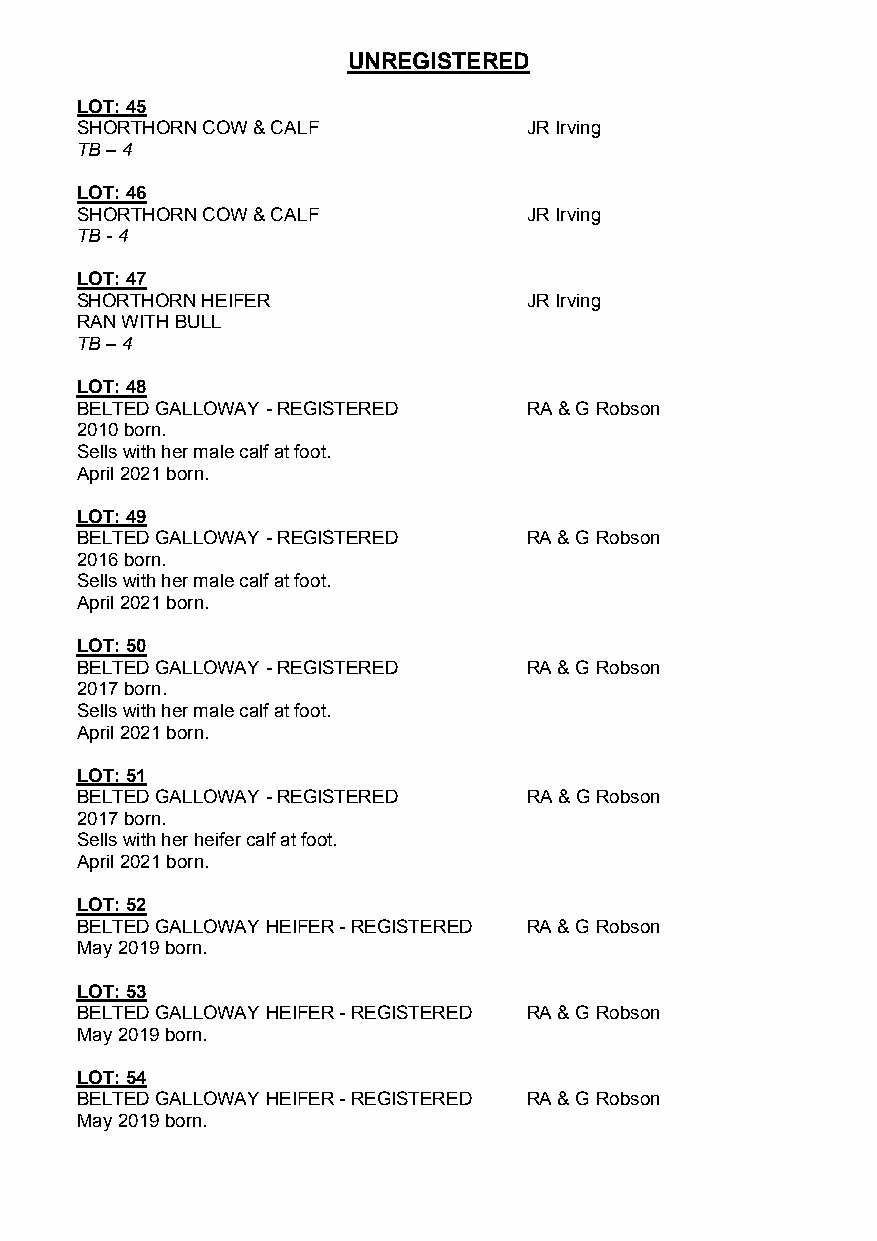
UNREGISTERED
 LOT: 45
 SHORTHORN COW & CALF          JR Irving
 TB – 4
 LOT: 46
 SHORTHORN COW & CALF          JR Irving
 TB - 4
 LOT: 47
 SHORTHORN HEIFER              JR Irving
 RAN WITH BULL
 TB – 4
 LOT: 48
 BELTED GALLOWAY - REGISTERED  RA & G Robson
 2010 born.
 Sells with her male calf at foot.
 April 2021 born.
 LOT: 49
 BELTED GALLOWAY - REGISTERED  RA & G Robson
 2016 born.
 Sells with her male calf at foot.
 April 2021 born.
 LOT: 50
 BELTED GALLOWAY - REGISTERED  RA & G Robson
 2017 born.
 Sells with her male calf at foot.
 April 2021 born.
 LOT: 51
 BELTED GALLOWAY - REGISTERED  RA & G Robson
 2017 born.
 Sells with her heifer calf at foot.
 April 2021 born.
 LOT: 52
 BELTED GALLOWAY HEIFER - REGISTERED RA & G Robson
 May 2019 born.
 LOT: 53
 BELTED GALLOWAY HEIFER - REGISTERED RA & G Robson
 May 2019 born.
 LOT: 54
 BELTED GALLOWAY HEIFER - REGISTERED RA & G Robson
 May 2019 born.